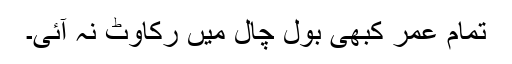
تمام عمر کبھی بول چال میں رکاوٹ نہ آئی۔